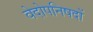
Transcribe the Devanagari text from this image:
वेदोपनिषदों